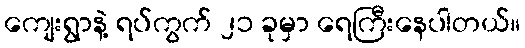
ကျေးရွာနဲ့ ရပ်ကွက် ၂၁ ခုမှာ ရေကြီးနေပါတယ်။